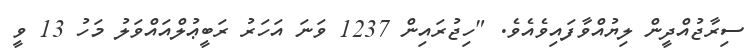
ސިރާޖުއްދީން ލިޔުއްވާފައިވެއެވެ. "ހިޖުރައިން 1237 ވަނަ އަހަރު ރަބީޢުލްއައްވަލު މަހު 13 ވީ